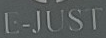
E-JUST